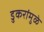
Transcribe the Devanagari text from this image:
डुकरांमुळे